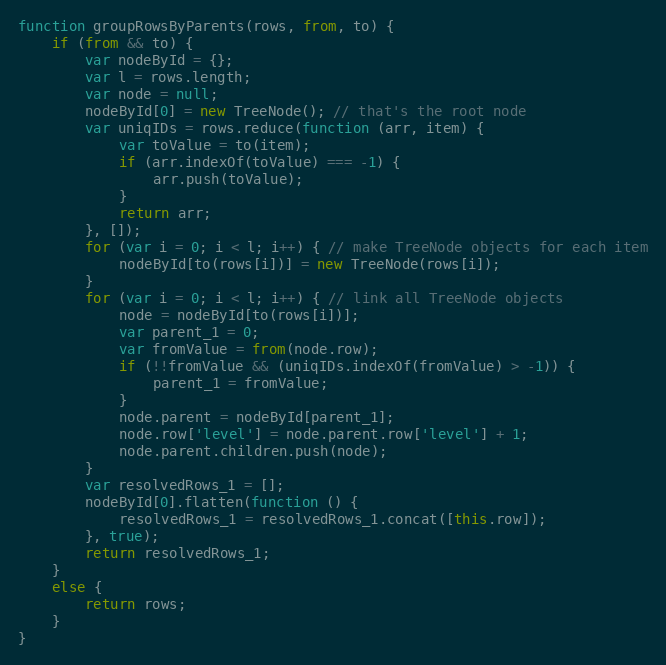
Language: JavaScript
function groupRowsByParents(rows, from, to) {
    if (from && to) {
        var nodeById = {};
        var l = rows.length;
        var node = null;
        nodeById[0] = new TreeNode(); // that's the root node
        var uniqIDs = rows.reduce(function (arr, item) {
            var toValue = to(item);
            if (arr.indexOf(toValue) === -1) {
                arr.push(toValue);
            }
            return arr;
        }, []);
        for (var i = 0; i < l; i++) { // make TreeNode objects for each item
            nodeById[to(rows[i])] = new TreeNode(rows[i]);
        }
        for (var i = 0; i < l; i++) { // link all TreeNode objects
            node = nodeById[to(rows[i])];
            var parent_1 = 0;
            var fromValue = from(node.row);
            if (!!fromValue && (uniqIDs.indexOf(fromValue) > -1)) {
                parent_1 = fromValue;
            }
            node.parent = nodeById[parent_1];
            node.row['level'] = node.parent.row['level'] + 1;
            node.parent.children.push(node);
        }
        var resolvedRows_1 = [];
        nodeById[0].flatten(function () {
            resolvedRows_1 = resolvedRows_1.concat([this.row]);
        }, true);
        return resolvedRows_1;
    }
    else {
        return rows;
    }
}